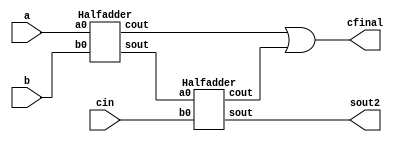
module fulladder_halfadder (a, b, cin, sout2, cfinal);
input a,b,cin;
output cfinal, sout2;
wire sout1, cout1, cout2;
  
Halfadder h1(.a0(a), .b0(b), .cout(cout1), .sout(sout1));
Halfadder h2(.a0(sout1), .b0(cin), .cout(cout2), .sout(sout2));

assign cfinal = cout1 | cout2;

endmodule

module Halfadder (a0,b0,cout,sout);

input a0, b0;
output cout, sout;
  
assign sout = a0 ^ b0;
assign cout = a0 & b0;

endmodule